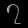
Digit: ၇